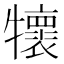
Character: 𤜄